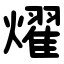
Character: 燿